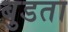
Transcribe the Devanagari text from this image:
बुडता